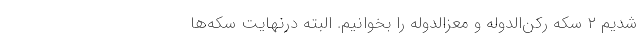
شدیم ۲ سکه رکن‌الدوله و معزالدوله را بخوانیم. البته درنهایت سکه‌ها